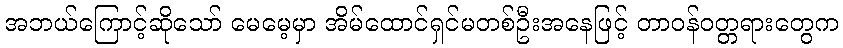
အဘယ်ကြောင့်ဆိုသော် မေမေ့မှာ အိမ်ထောင်ရှင်မတစ်ဦးအနေဖြင့် တာဝန်ဝတ္တရားတွေက